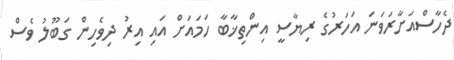
ދެހާސްއަށާރަވަނަ އަހަރުގެ ރިޔާސީ އިންތިޚާބާ ހަމައަށް އައި އިރު ދިވެހިން ގަބޫލު ވެސް